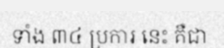
ទាំង ៣៤ ប្រការ នេះ គឺជា